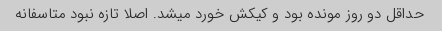
حداقل دو روز مونده بود و کیکش خورد میشد. اصلا تازه نبود متاسفانه